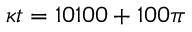
\kappa t = 1 0 1 0 0 + 1 0 0 \pi